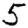
Digit: 5